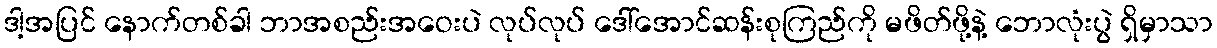
ဒါ့အပြင် နောက်တစ်ခါ ဘာအစည်းအဝေးပဲ လုပ်လုပ် ဒေါ်အောင်ဆန်းစုကြည်ကို မဖိတ်ဖို့နဲ့ ဘောလုံးပွဲ ရှိမှာသာ